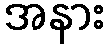
အနား